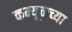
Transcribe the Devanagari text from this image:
कम्यूनच्या